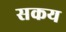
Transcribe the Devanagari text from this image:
सकय